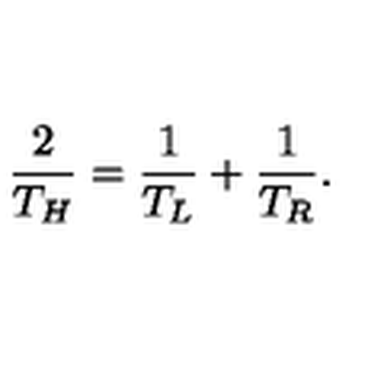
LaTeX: { \frac { 2 } { T _ { H } } } = { \frac { 1 } { T _ { L } } } + { \frac { 1 } { T _ { R } } } .